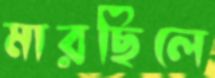
মারছিলে